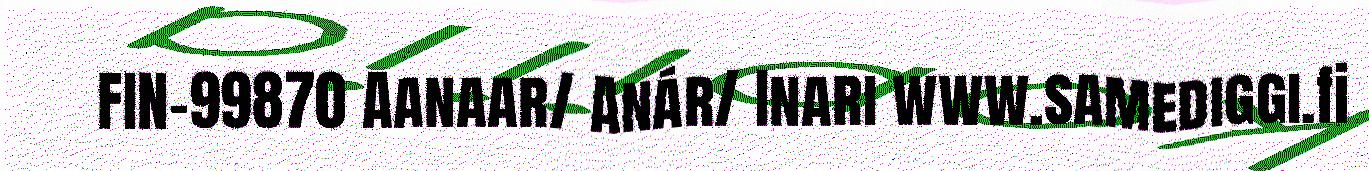
FIN-99870 Aanaar/ Anár/ Inari www.samediggi.fi